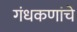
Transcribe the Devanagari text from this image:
गंधकणांचे